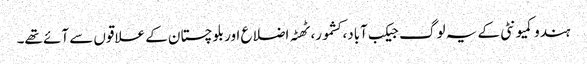
ہندو کمیونٹی کے یہ لوگ جیکب آباد، کشمور، ٹھٹہ اضلاع اور بلوچستان کے علاقوں سے آئے تھے۔